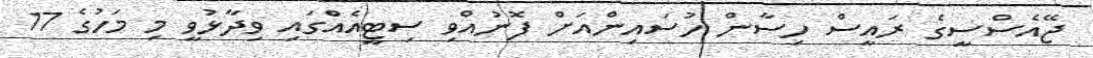
ޖޭއެސްސީގެ ރައީސް ހިސާން ހުސައިންއަށް ފޮނުއްވި ސިޓީއެއްގައި ވިދާޅުވީ މި މަހުގެ 17